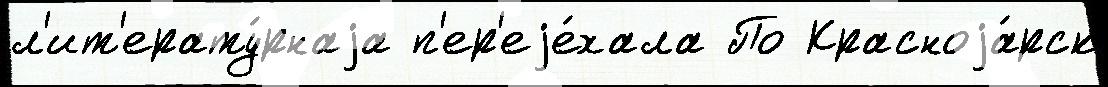
л'ит'ерату́рнаjа п'ер'еjе́хала По Красноjа́рск